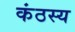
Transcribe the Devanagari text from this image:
कंठस्य